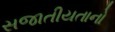
સજાતીયતાનો